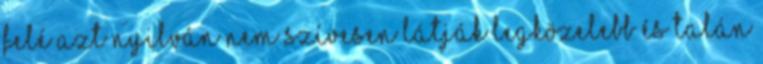
felé azt nyilván nem szívesen látják legközelebb és talán